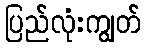
ပြည်လုံးကျွတ်